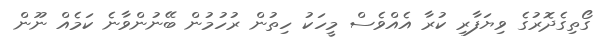
ގޯތިގެދޮރުގެ ވިޔަފާރި ކުރާ އެއްވެސް މީހަކު ހިތުން ރުހުމުން ބޭނުންވާނެ ކަމެއް ނޫން